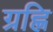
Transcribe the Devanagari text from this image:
ग्रह्णि